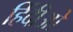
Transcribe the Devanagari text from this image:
हिंदीओ